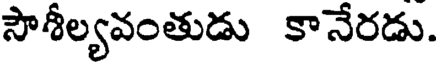
సౌశీల్యవంతుడు కానేరడు.